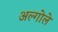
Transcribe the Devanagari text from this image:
अल्गोले